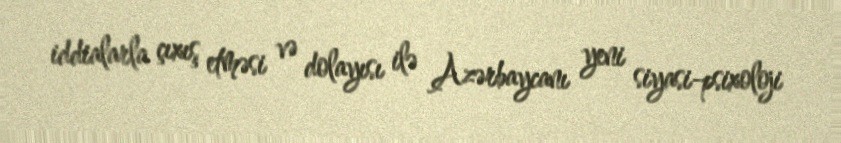
iddialarla çıxış etməsi və dolayısı ilə Azərbaycanı yeni siyasi-psixoloji